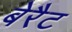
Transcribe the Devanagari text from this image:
बेरैट